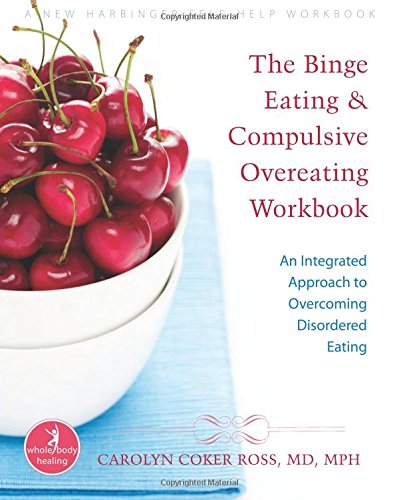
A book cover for The Binge Eating and Compulsive Overeating Workbook: An Integrated Approach to Overcoming Disordered Eating (The New Harbinger Whole-Body Healing Series); Carolyn Ross; Self-Help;